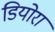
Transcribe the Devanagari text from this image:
डियोरा